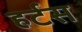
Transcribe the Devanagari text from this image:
हर्टस